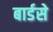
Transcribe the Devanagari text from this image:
बार्डसे